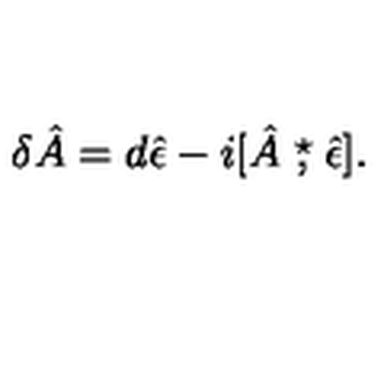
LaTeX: \delta \hat { A } = d \hat { \epsilon } - i [ \hat { A } \stackrel { \star } { , } \hat { \epsilon } ] .